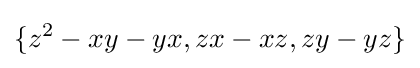
\{z^{2}-xy-yx,zx-xz,zy-yz\}